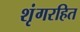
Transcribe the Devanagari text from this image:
शृंगरहित